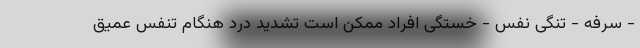
- سرفه - تنگی نفس - خستگی افراد ممکن است تشدید درد هنگام تنفس عمیق